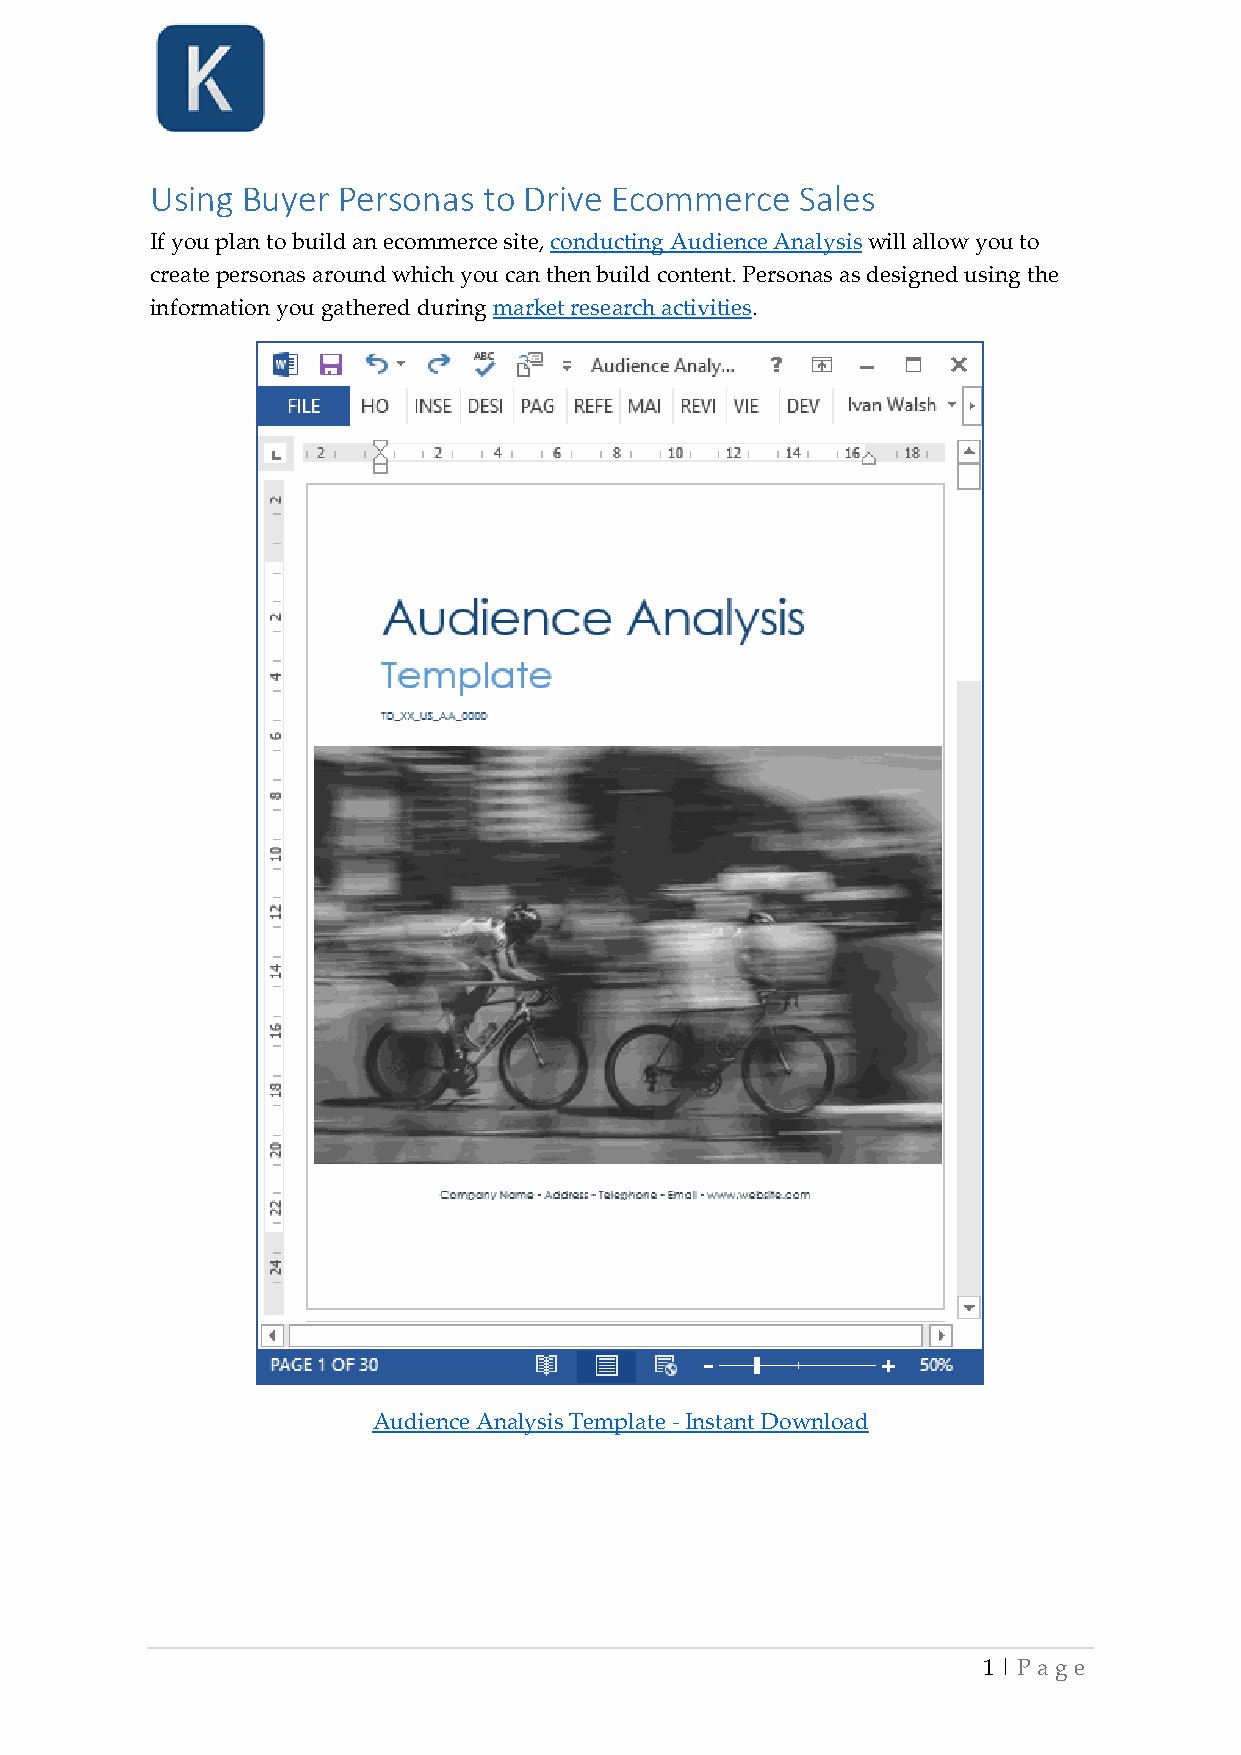
Using Buyer Personas  to Drive Ecommerce   Sales
 If you plan to build an ecommerce site, conducting Audience Analysis will allow you to
 create personas around which you can then build content. Personas as designed using the
 information you gathered during market research activities.
 Audience Analysis Template - Instant Download
 1 | P age